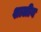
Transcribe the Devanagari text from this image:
शालीय